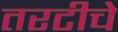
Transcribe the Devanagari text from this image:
तरटीचे